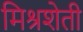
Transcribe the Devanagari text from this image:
मिश्रशेती